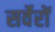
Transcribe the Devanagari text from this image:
सर्वेरों